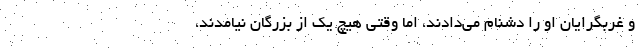
و غربگرایان او را دشنام می‌دادند، اما وقتی هیچ یک از بزرگان نیامدند،